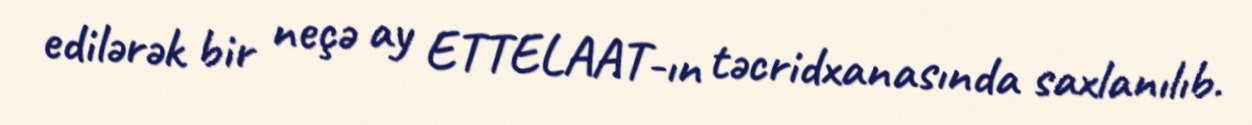
edilərək bir neçə ay ETTELAAT-ın təcridxanasında saxlanılıb.